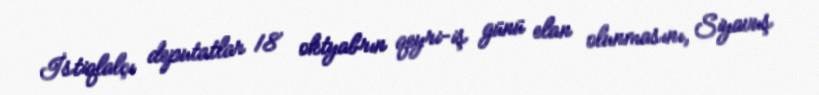
İstiqlalçı deputatlar 18 oktyabrın qeyri-iş günü elan olunmasını, Siyavuş